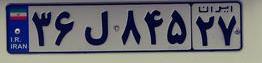
۳۶ل۸۴۵۲۷